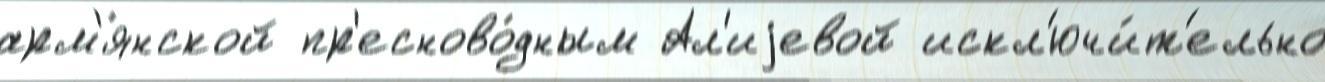
арм'я́нской пр'есново́дным Ал'иjевой искл'ючи́т'ельно